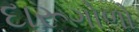
દારૂગોળો